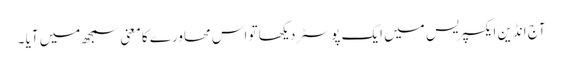
آج انڈین ایکسپریس میں ایک پوسٹر دیکھا تو اس محاورے کا معنی سمجھ میں آیا ۔